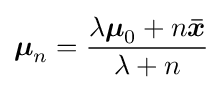
{\boldsymbol {\mu }}_{n}={\frac {\lambda {\boldsymbol {\mu }}_{0}+n{\boldsymbol {\bar {x}}}}{\lambda +n}}